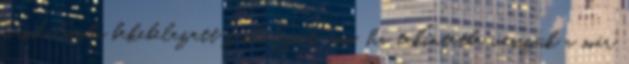
birodalomba bekebelezett zsidóságot, ami, ha tekintetbe vesszük a már